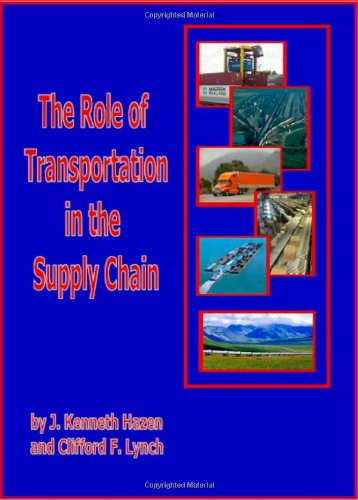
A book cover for Role of Transportation in the Supply Chain; J. Kenneth Hazen; Business & Money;